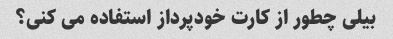
بیلی چطور از کارت خودپرداز استفاده می کنی؟